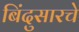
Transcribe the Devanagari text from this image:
बिंदुसारचे